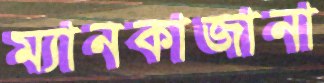
ম্যানকাজানা